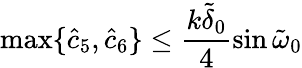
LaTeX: \operatorname*{max}\{ \hat{c}_{5},\hat{c}_{6}\} \leq\frac{k\tilde{\delta}_{0}}{4}\sin{\tilde{\omega}_{0}}